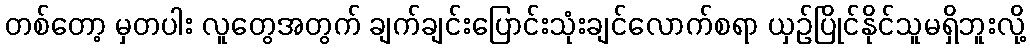
တစ်တော့ မှတပါး လူတွေအတွက် ချက်ချင်းပြောင်းသုံးချင်လောက်စရာ ယှဉ်ပြိုင်နိုင်သူမရှိဘူးလို့